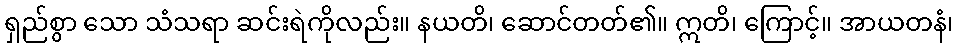
ရှည်စွာ သော သံသရာ ဆင်းရဲကိုလည်း။ နယတိ၊ ဆောင်တတ်၏။ ဣတိ၊ ကြောင့်။ အာယတနံ၊